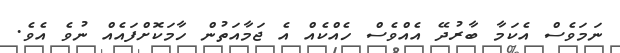
ނަމަވެސް އެކަމާ ބާރުދޭ އެއްވެސް ހެއްކެއް އެ ޖަމާއަތުން ހާމަކޮށްފައެއް ނުވެ އެވެ.